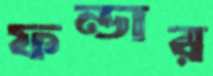
ফন্ডার